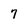
Character: 7